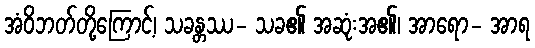
အံဝိဘတ်တို့ကြောင့်၊ သခန္တဿ- သခ၏ အဆုံးအ၏၊ အာရော- အာရ